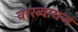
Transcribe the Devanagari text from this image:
वारब्वायज